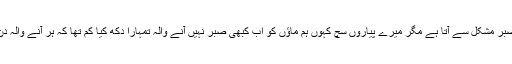
کیا کریں مائیں جو ہیں سنا تھا ماؤں کو صبر مشکل سے آتا ہے مگر میرے پیاروں سچ کہوں ہم ماؤں کو اب کبھی صبر نہیں آنے والہ تمہارا دکھ کیا کم تھا کہ ہر آنے والہ دن ایک نئے دکھ کا سورج طلوع کرتا ہے۔